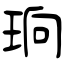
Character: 珦